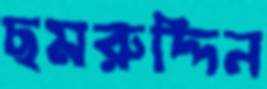
ছমরুদ্দিন